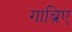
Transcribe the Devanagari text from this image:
गाब्रिए